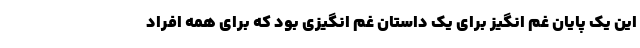
این یک پایان غم انگیز برای یک داستان غم انگیزی بود که برای همه افراد